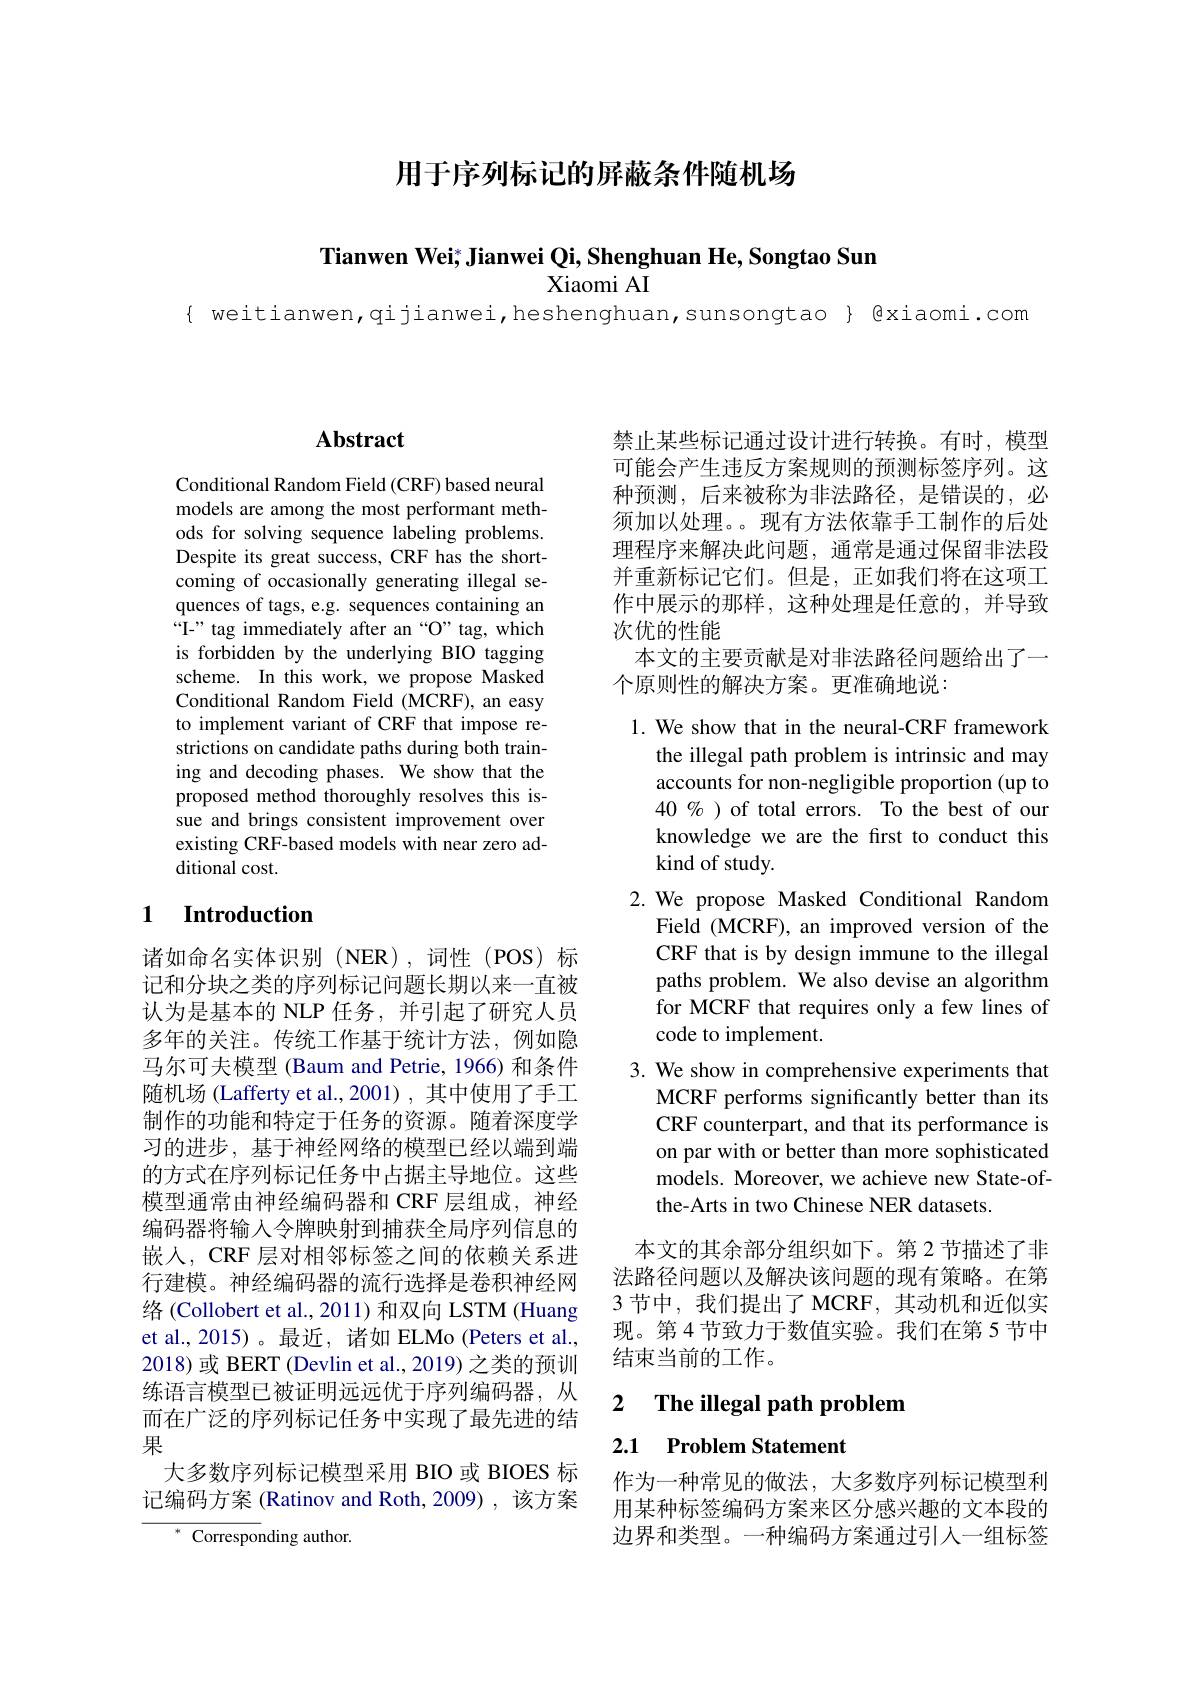
用于序列标记的屏蔽条件随机场

Tianwen Wei; Jianwei Qi, Shenghuan He, Songtao Sun

Xiaomi AI

{ weitianwen,qijianwei,heshenghuan,sunsongtao} @ xiaomi. com

## $\mathbf{Abstract}$

Conditional Random Field (CRF) based neural models are among the most performant methods for solving sequence labeling problems. Despite its great success, CRF has the shortcoming of occasionally generating illegal sequences of tags, e.g. sequences containing an “I-” tag immediately after an “O” tag, which is forbidden by the underlying BIO tagging scheme. In this work, we propose Masked Conditional Random Field (MCRF), an easy to implement variant of CRF that impose restrictions on candidate paths during both training and decoding phases. We show that the proposed method thoroughly resolves this issue and brings consistent improvement over existing CRF-based models with near zero additional cost.

### 1 $\textbf{Introduction}$

诸如命名实体识别(NER),词性(POS)标记和分块之类的序列标记问题长期以来一直被认为是基本的 NLP 任务，并引起了研究人员多年的关注。传统工作基于统计方法，例如隐马尔可夫模型 (Baum and Petrie, 1966) 和条件随机场 (Lafferty et al.,2001) , 其中使用了手工制作的功能和特定于任务的资源。随着深度学习的进步，基于神经网络的模型已经以端到端的方式在序列标记任务中占据主导地位。这些模型通常由神经编码器和 CRF 层组成，神经编码器将输入令牌映射到捕获全局序列信息的嵌人，CRF 层对相邻标签之间的依赖关系进行建模。神经编码器的流行选择是卷积神经网络 (Collobert et al., 2011) 和双向 LSTM (Huang et al.,2015)。最近，诸如 ELMo (Peters et al., 2018)或 BERT (Devlin et al., 2019) 之类的预训练语言模型已被证明远远优于序列编码器，从而在广泛的序列标记任务中实现了最先进的结果
大多数序列标记模型采用 BIO 或 BIOES 标记编码方案 (Ratinov and Roth,2009) ,该方案
$^{*}$Corresponding author.

禁止某些标记通过设计进行转换。有时，模型可能会产生违反方案规则的预测标签序列。这种预测，后来被称为非法路径，是错误的，必须加以处理。。现有方法依靠手工制作的后处理程序来解决此问题，通常是通过保留非法段并重新标记它们。但是，正如我们将在这项工作中展示的那样，这种处理是任意的，并导致次优的性能
本文的主要贡献是对非法路径问题给出了一
个原则性的解决方案。更准确地说：

1. We show that in the neural-CRF framework
the illegal path problem is intrinsic and may accounts for non-negligible proportion (up to $40\%$ )of total errors. To the best of our knowledge we are the first to conduct this kind of study.
2. We propose Masked Conditional Random
Field (MCRF), an improved version of the CRF that is by design immune to the illegal paths problem. We also devise an algorithm for MCRF that requires only a few lines of code to implement.
3. We show in comprehensive experiments that
MCRF performs significantly better than its CRF counterpart, and that its performance is on par with or better than more sophisticated models. Moreover, we achieve new State-ofthe-Arts in two Chinese NER datasets.

本文的其余部分组织如下。第 2 节描述了非法路径问题以及解决该问题的现有策略。在第3 节中，我们提出了 MCRF, 其动机和近似实现。第4节致力于数值实验。我们在第 5 节中结束当前的工作。

### 2 $\textbf{The illegal path problem}$

2.1 Problem Statement

作为一种常见的做法，大多数序列标记模型利用某种标签编码方案来区分感兴趣的文本段的边界和类型。一种编码方案通过引人一组标签